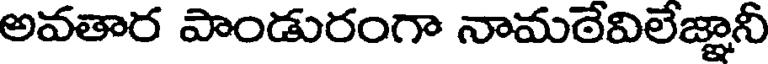
అవతార పాండురంగా నామఠేవిలేజ్ఞానీ